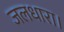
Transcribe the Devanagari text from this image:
जलधारा।